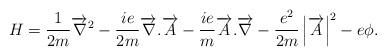
LaTeX: \begin{align*}H=\frac{1}{2m}\overrightarrow{\nabla }^{2}-\frac{ie}{2m}\overrightarrow{\nabla }.\overrightarrow{A}-\frac{ie}{m}\overrightarrow{A}.\overrightarrow{\nabla }-\frac{e^{2}}{2m}\left| \overrightarrow{A}\right| ^{2}-e\phi.\end{align*}